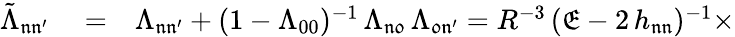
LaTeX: \begin{array}{rlr}{\tilde{\Lambda}_{\mathfrak{n}\mathfrak{n^{\prime}}}}&{{}=}&{\Lambda_{\mathfrak{n}\mathfrak{n^{\prime}}}+(1-\Lambda_{00})^{-1}\, \Lambda_{\mathfrak{n}\mathfrak{0}}\, \Lambda_{\mathfrak{0}\mathfrak{n^{\prime}}}=R^{-3}\, (\mathfrak{E}-2\, h_{\mathfrak{n}\mathfrak{n}})^{-1}\times}\end{array}